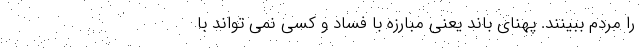
را مردم ببینند. پهنای باند یعنی مبارزه با فساد و کسی نمی تواند با